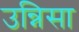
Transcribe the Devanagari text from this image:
उन्निसा